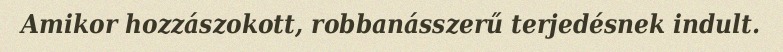
Amikor hozzászokott, robbanásszerű terjedésnek indult.